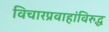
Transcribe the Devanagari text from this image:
विचारप्रवाहांविरुद्ध